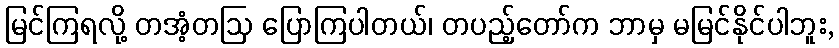
မြင်ကြရလို့ တအံ့တဩ ပြောကြပါတယ်၊ တပည့်တော်က ဘာမှ မမြင်နိုင်ပါဘူး,